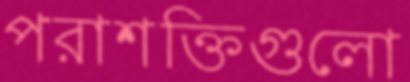
পরাশক্তিগুলো